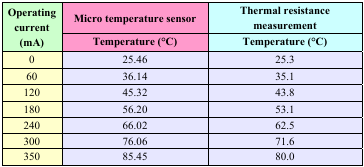
<table><thead><tr><td rowspan="2"><b>Operating current (mA)</b></td><td><b>Micro temperature sensor</b></td><td><b>Thermal resistance measurement</b></td></tr><tr><td><b>Temperature (°C)</b></td><td><b>Temperature (°C)</b></td></tr></thead><tbody><tr><td>0</td><td>25.46</td><td>25.3</td></tr><tr><td>60</td><td>36.14</td><td>35.1</td></tr><tr><td>120</td><td>45.32</td><td>43.8</td></tr><tr><td>180</td><td>56.20</td><td>53.1</td></tr><tr><td>240</td><td>66.02</td><td>62.5</td></tr><tr><td>300</td><td>76.06</td><td>71.6</td></tr><tr><td>350</td><td>85.45</td><td>80.0</td></tr></tbody></table>